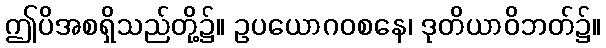
ဤပိအစရှိသည်တို့၌။ ဥပယောဂဝစနေ၊ ဒုတိယာဝိဘတ်၌။